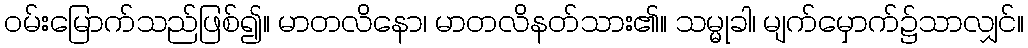
ဝမ်းမြောက်သည်ဖြစ်၍။ မာတလိနော၊ မာတလိနတ်သား၏။ သမ္မုခါ၊ မျက်မှောက်၌သာလျှင်။